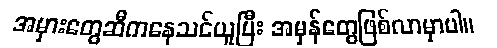
အမှားတွေဆီကနေသင်ယူပြီး အမှန်တွေဖြစ်လာမှာပါ။